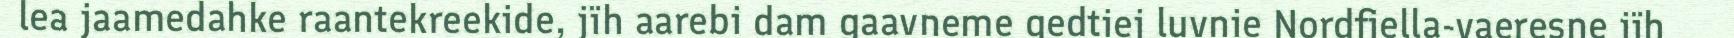
lea jaamedahke raantekreekide, jïh aarebi dam gaavneme gedtiej luvnie Nordfjella-vaeresne jïh